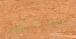
ستقوم